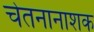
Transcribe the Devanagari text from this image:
चेतनानाशक